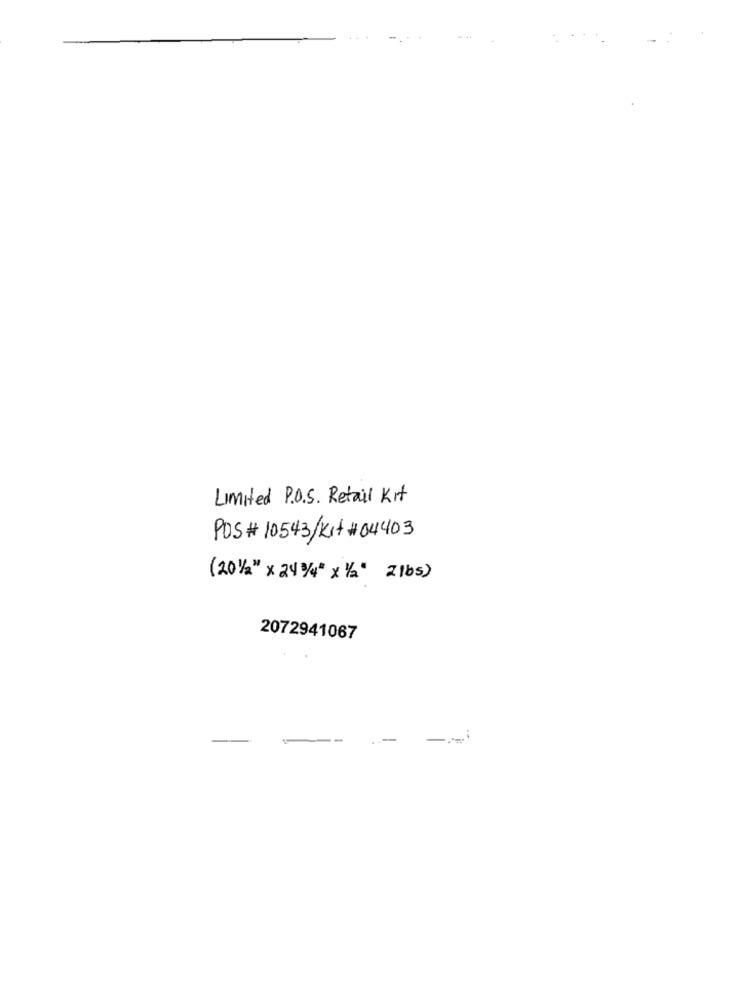
Limited P.O.S. Retail Kit
POS # 10543/Kit #04403
(201/2" x 24 1/4" x 1/2" 2lbs)
2072941067
-
--
-